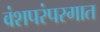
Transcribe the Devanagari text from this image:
वंशपरंपरगात